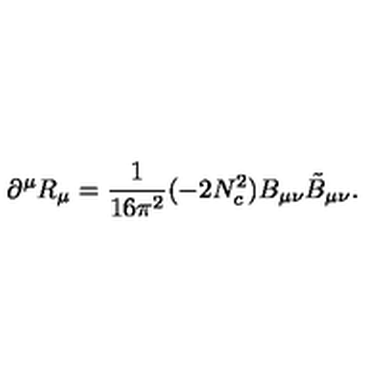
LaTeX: \partial ^ { \mu } R _ { \mu } = \frac { 1 } { 1 6 \pi ^ { 2 } } ( - 2 N _ { c } ^ { 2 } ) B _ { \mu \nu } \tilde { B } _ { \mu \nu } .